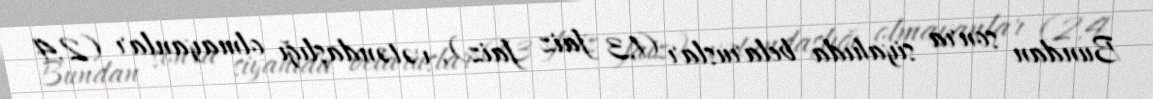
Bundan sonra siyahıda belaruslar (1,3 faiz faiz), vətəndaşlığı olmayanlar (2,4